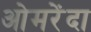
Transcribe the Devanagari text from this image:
ओमरेंदा